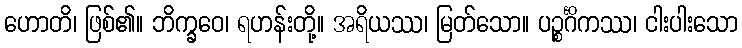
ဟောတိ၊ ဖြစ်၏။ ဘိက္ခဝေ၊ ရဟန်းတို့။ အရိယဿ၊ မြတ်သော။ ပဉ္စင်္ဂိကဿ၊ ငါးပါးသော